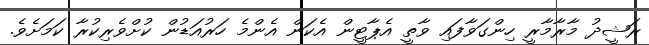
ރަޝީދު މާރާމާރީ ހިންގަވާފައި ވާތީ އެޕާޓީން އެކަން އެންމެ ހަރުއަޑުން ކުށްވެރިކުރާ ކަމަށެވެ.